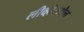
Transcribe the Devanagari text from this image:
लीव्हीस्टोन